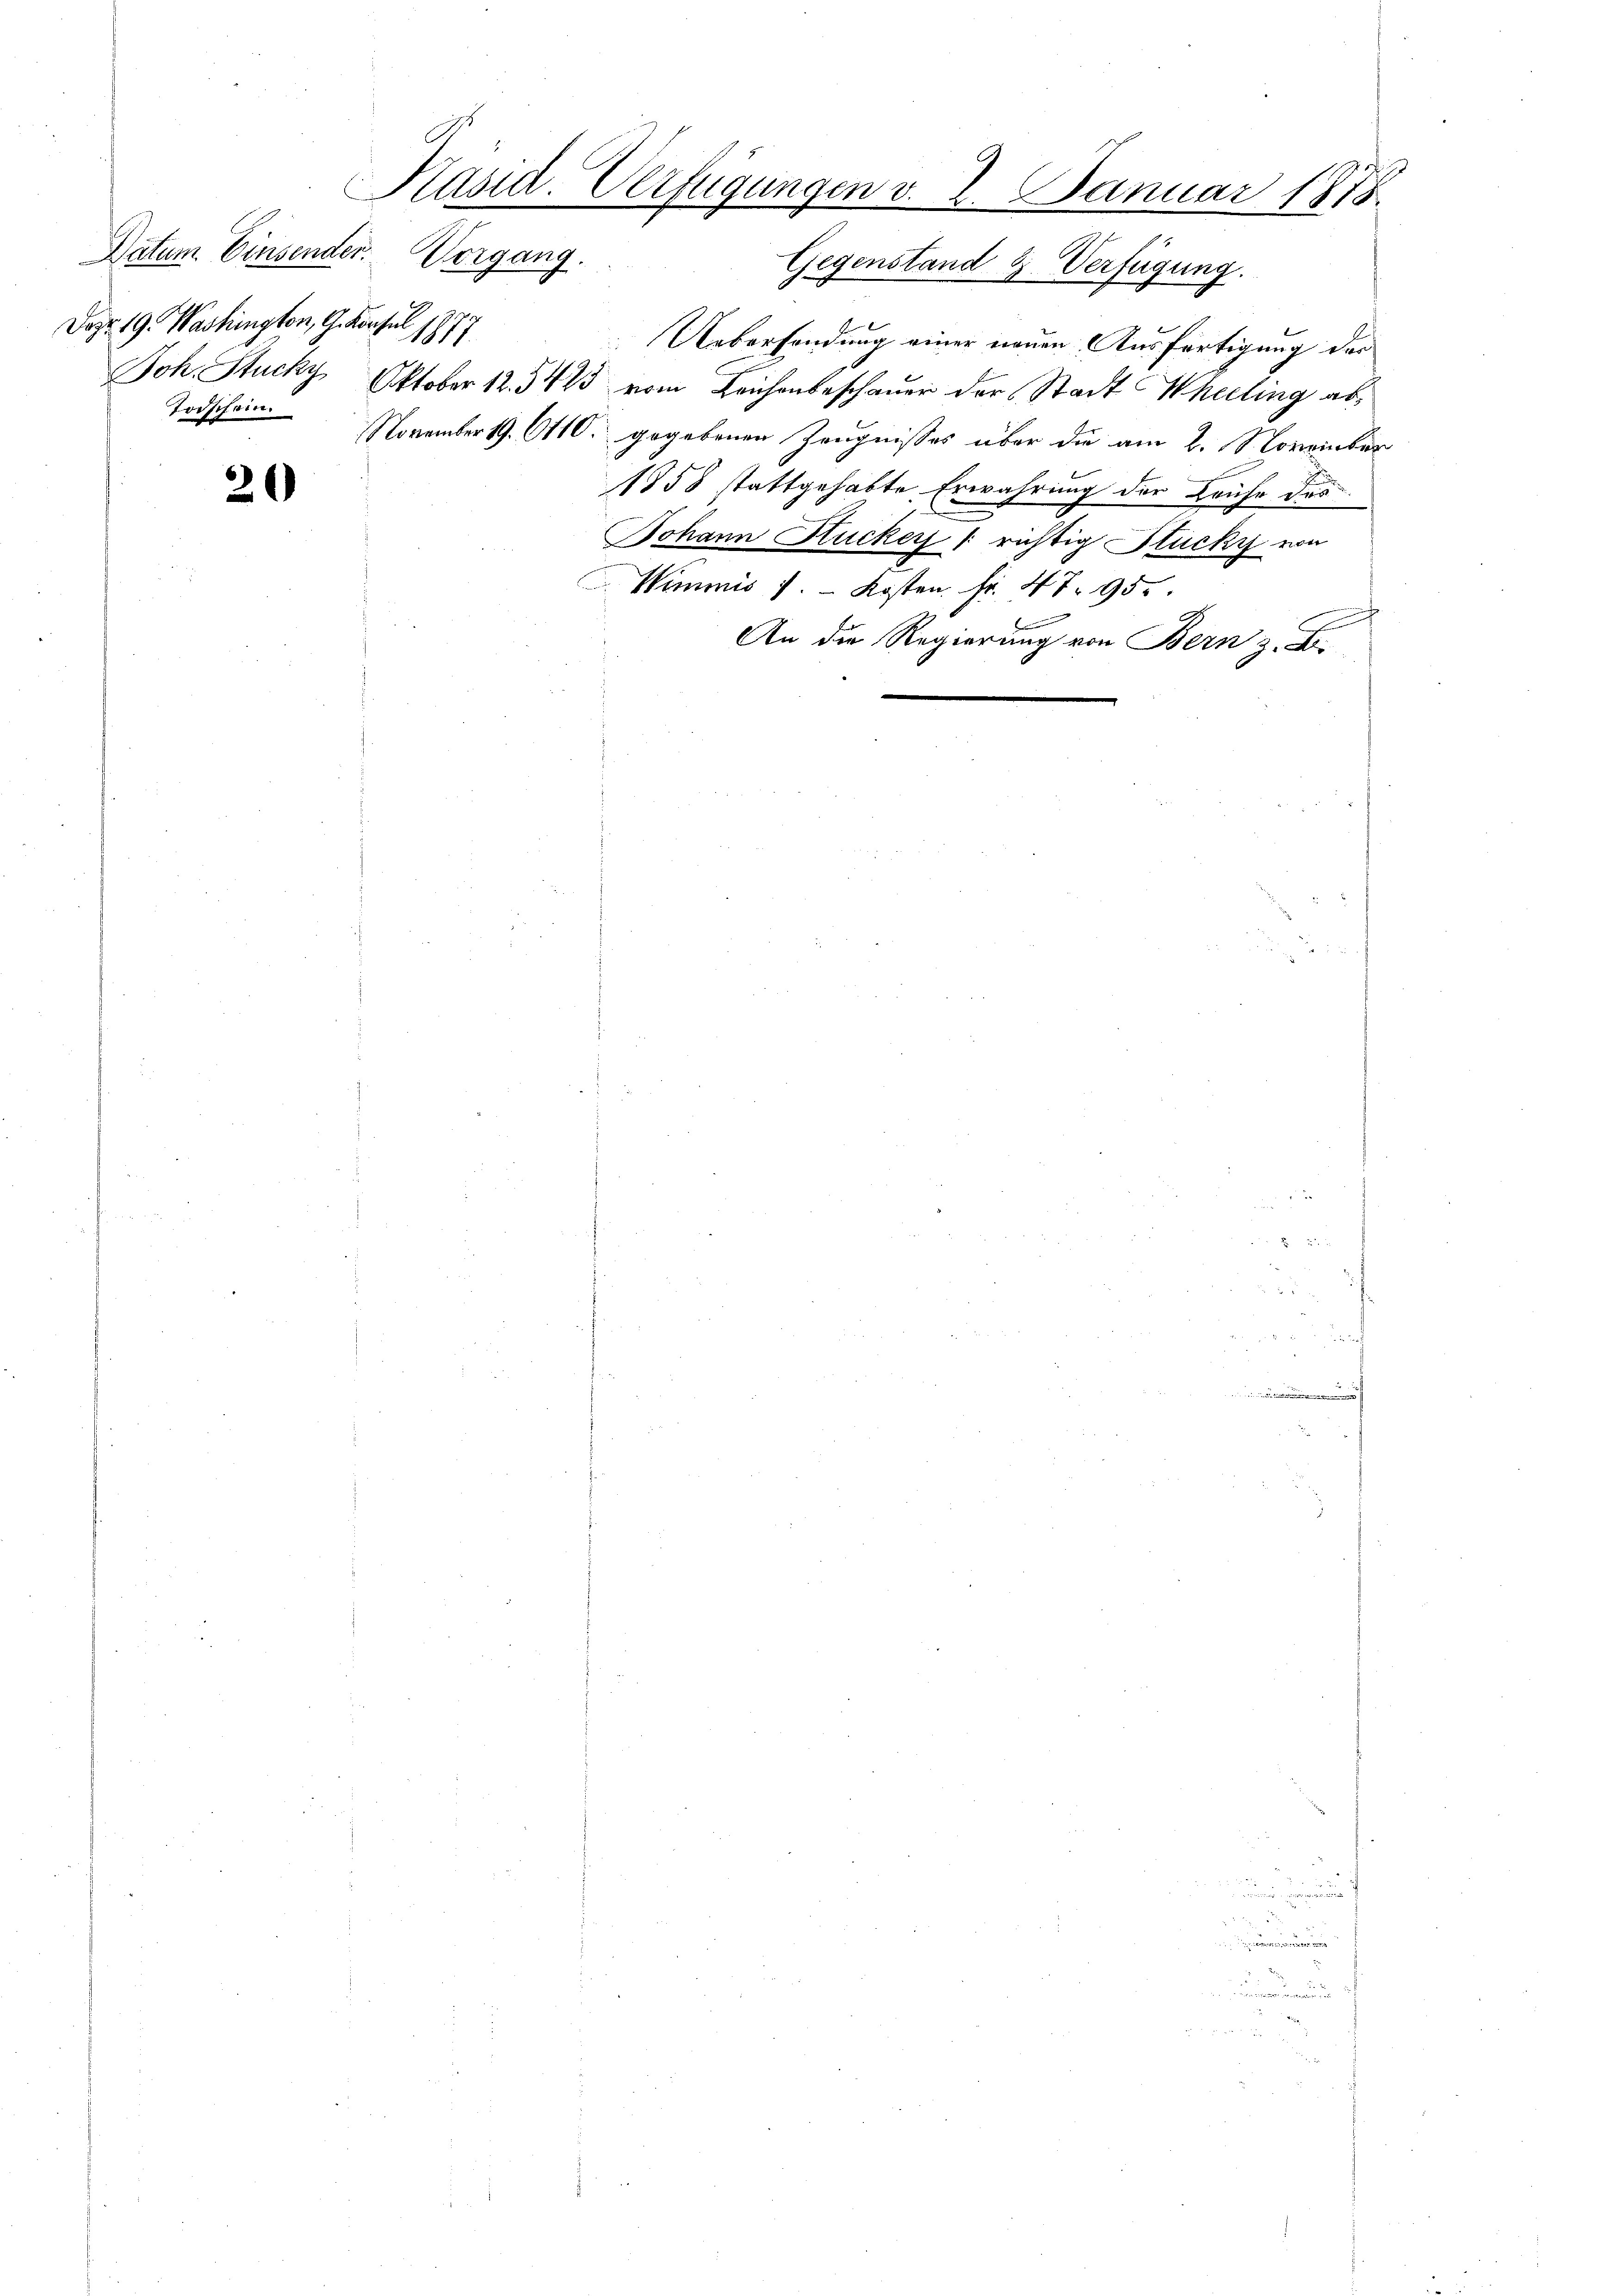
20

Präsid. Verfügungen v. 2. Januar 1878
Vorgang.
Gegenstand & Verfügung.

Datum. Einsender.
Dazo 19. Washington, G. Konsul 1877

Uebersendung einer neuen Ausfertigung des
Joh. Stucky Oktober 12. 5423 vom Leichenbeschauer der Stadt Wheeling ab
Todschein November 19. 6110. gegebenen Zeugnisses über die am 2. November
1858 stattgehabte Erwährung der Leihe des
Johann Hucker u richtig Stucky von
Wimmis 7.  Kosten. Fr. 47. 950.
Be
An die Regierung von Bern z. B.

u
e
r